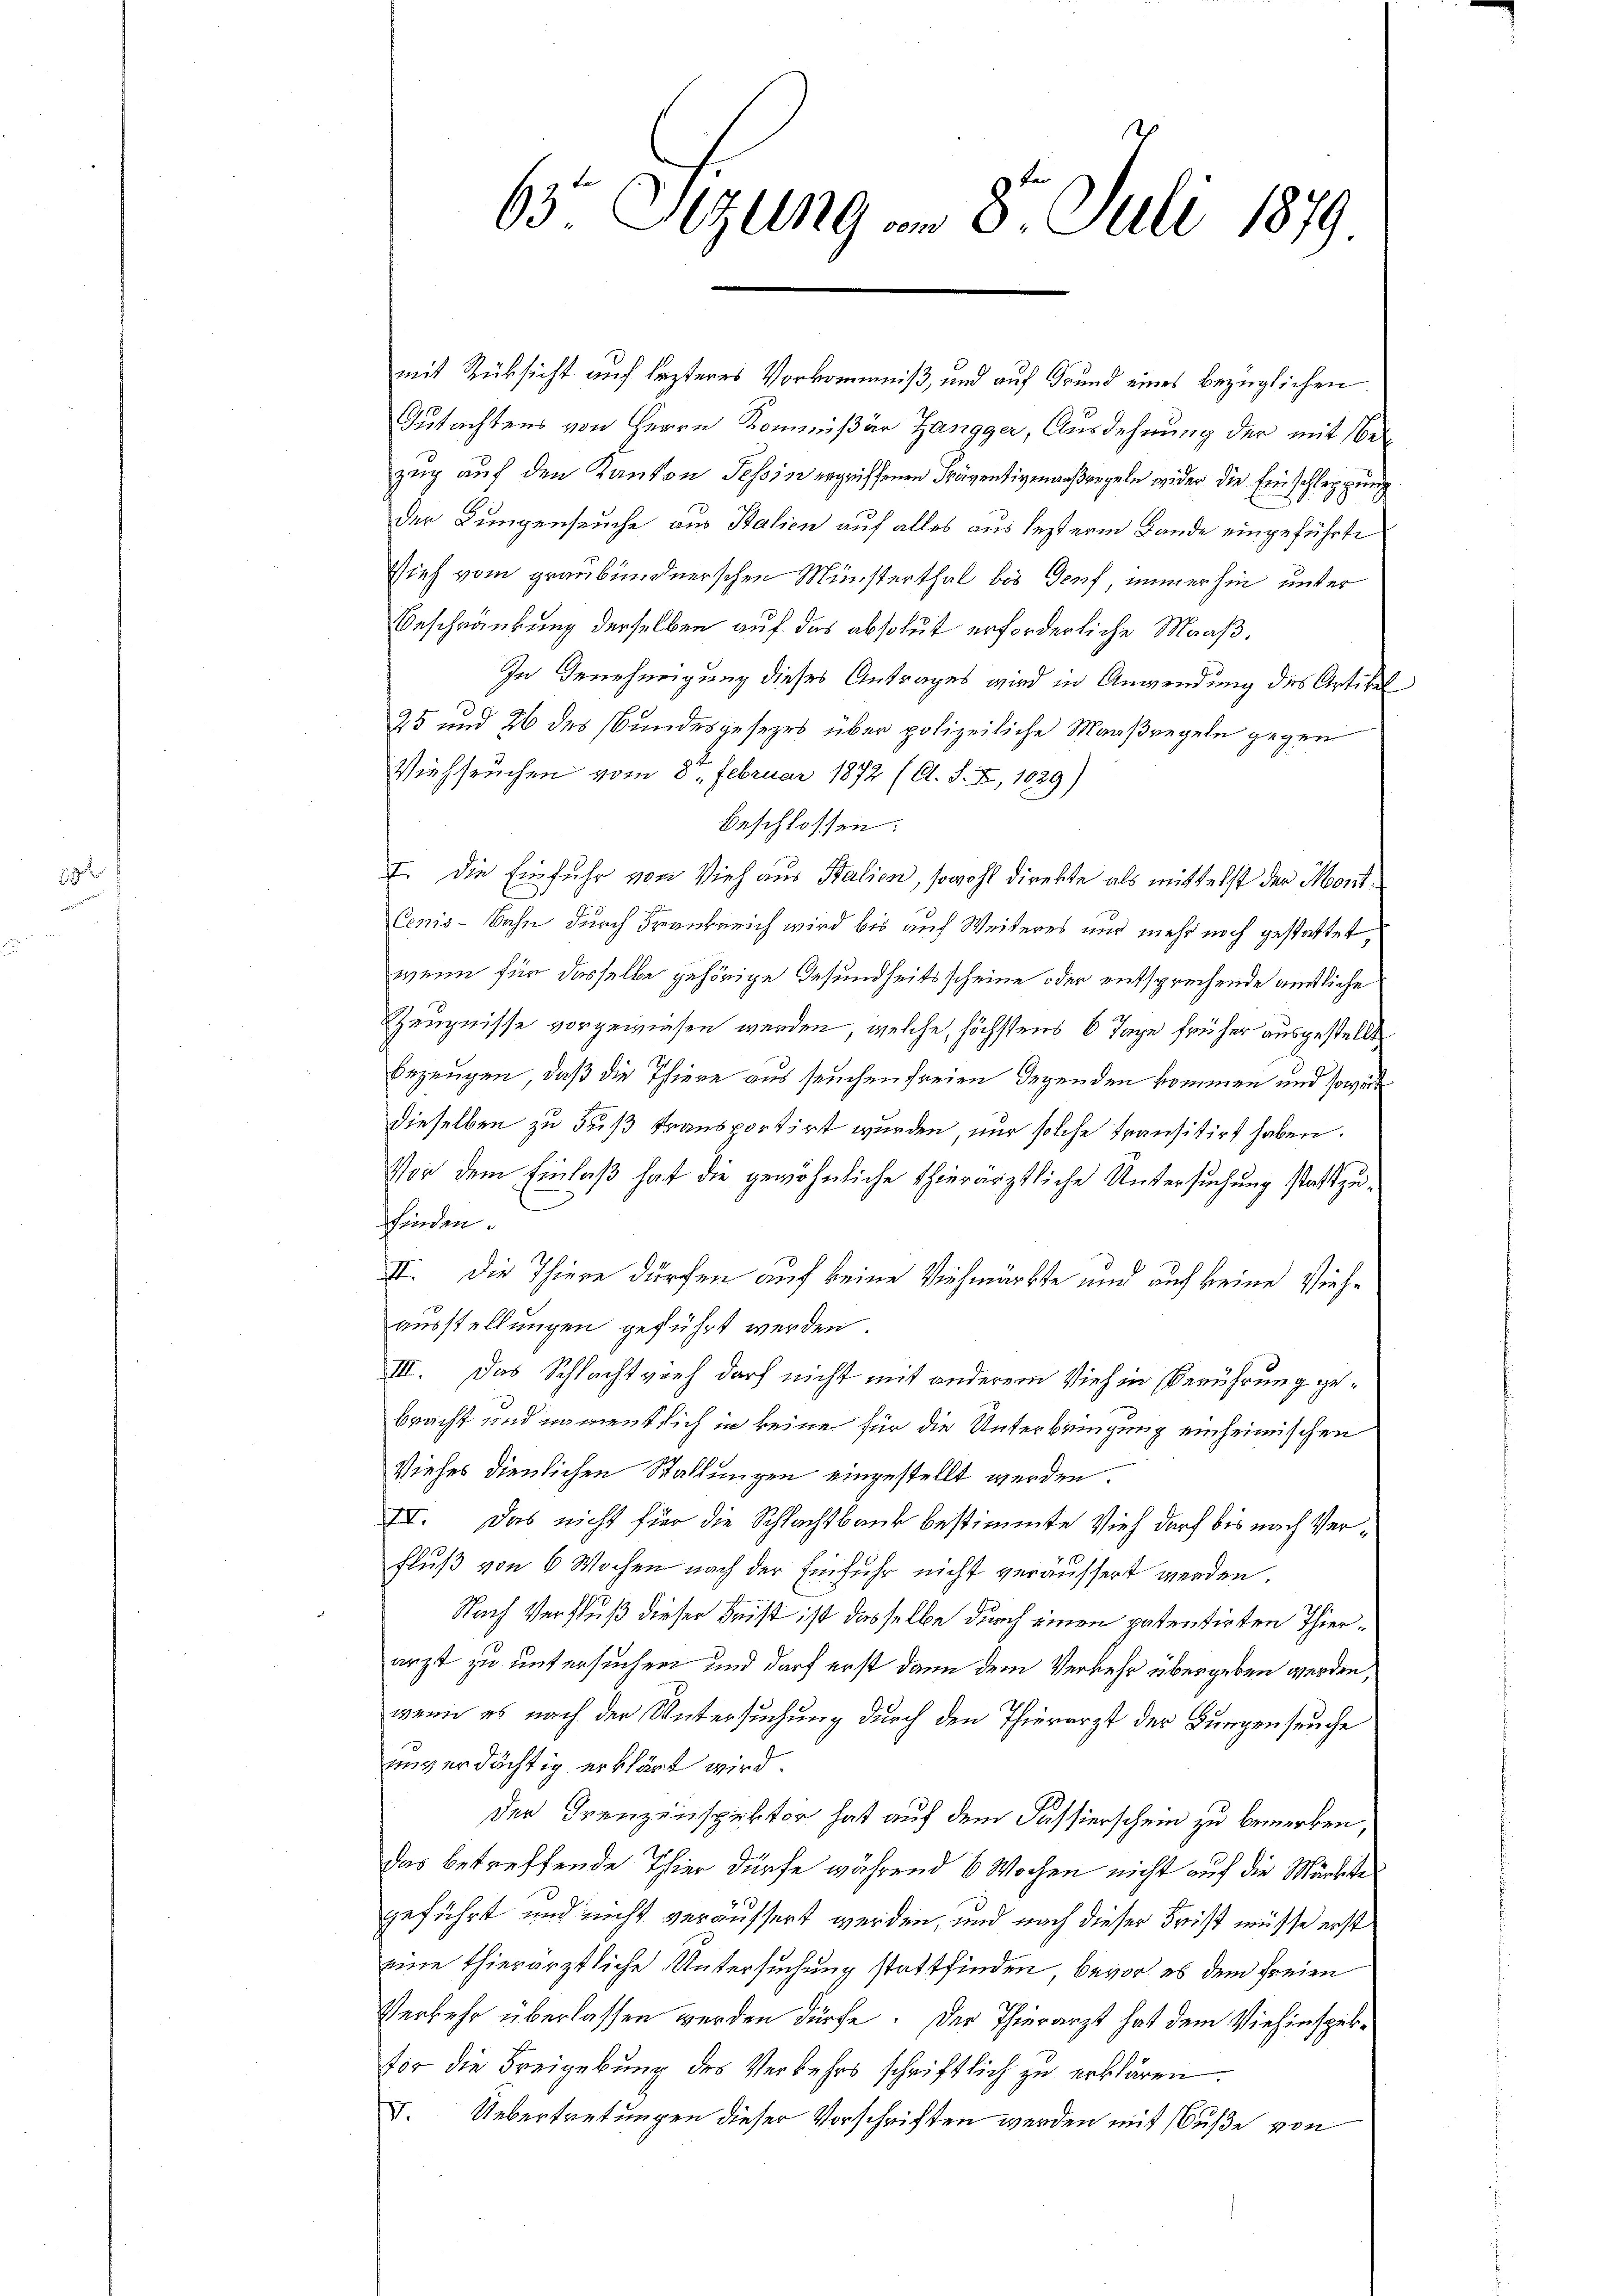
63te Sitzung am 8. Juli 1879

mit Rücksicht auf lezteres Vorkommniß, und auf Grund eines bezüglichen
Gutachtens von Herrn Kommißär Zangger, Ausdehnung der mit Bezug auf den Kanton Tessin ergriffenen Präventivmaaßregeln wider die Einschleppung
der Lungenseuche aus Stalien auf alles aus lezterm Bande eingeführte
Vieh vom graubündnerschen Münsterthal bis Genf, immerhin unter
Beschränkung derselben auf das absolut erforderliche Maaß¬
In Genehmigung dieses Antrages wird in Anwendung des Artikel
25 und 26 des Bundesgesezes über polizeiliche Maaßregeln gegen
Viehseuchen vom 8t. Februar 1872 (O. S. I, 1029)
beschlossen:
I. Die Einfuhr von Vieh aus Stalien, sowohl direkte als mittelst der Mont
Cenis-Bahn durch Frankreich wird bis auf Weiteres nur mehr noch gestattet,
wenn für dasselbe gehörige Gesundheitsscheine oder entsprechende ausliche
Zeugnisse vorgewiesen werden, welche, höchstens 6 Tage früher ausgestellt
bezeugen, daß die Thiere aus seuchen freien Gegenden kommen und soweite
dieselben zu Fuß transportirt wurden, nur solche transitirt haben.
Vor dem Einlaß hat die gewöhnliche Thierärztliche Untersuchung stattzufinden.
II. Die Thiere dürfen auf keine Viehmärkte und auch keine Viehausstellungen geführt werden.
III. Das Schlachtvieh darf nicht mit anderem Vieh in Berührung gebracht und nament sich in keine für die Unterbringung einheimischen
Viehes dienlichen Stallungen eingestellt werden.
III. Das nicht für die Schlachtbank bestimmte Vieh darf bis nach Verfluß von 6 Wochen nach der Einfuhr nicht veräussert werden.
Nach Verfluß dieser Frist ist dasselbe durch einen patentirten Thierarzt zu untersuchen und darf erst dann dem Verkehr übergeben werden,
wenn es nach der Untersuchung durch den Thierarzt der Burgenseuche
unverdächtig erklärt wird.
Der Trenzinspektor hat auf dem Fassierschein zu bemerken,
das betreffende Thier dürfe während 6 Wochen nicht auf die Martike
geführt und nicht veräussert werden, und nach dieser Frist müsse erst
eine thierärztliche Untersuchung stattfinden, bevor es dem freien
Verkehr überlassen werden dürfe. Der Thierarzt hat dem Viehinspekto die Freigebung des Verkehrs schriftlich zu erklären.
F. Uebertretungen dieser Vorschriften werden mit Buße von